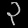
Digit: ၃